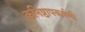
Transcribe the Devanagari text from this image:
कनिष्ठापकर्षणी